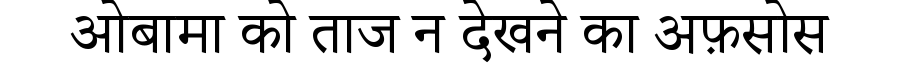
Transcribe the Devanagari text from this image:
ओबामा को ताज न देखने का अफ़सोस